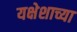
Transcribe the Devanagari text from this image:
यक्षेशाच्या